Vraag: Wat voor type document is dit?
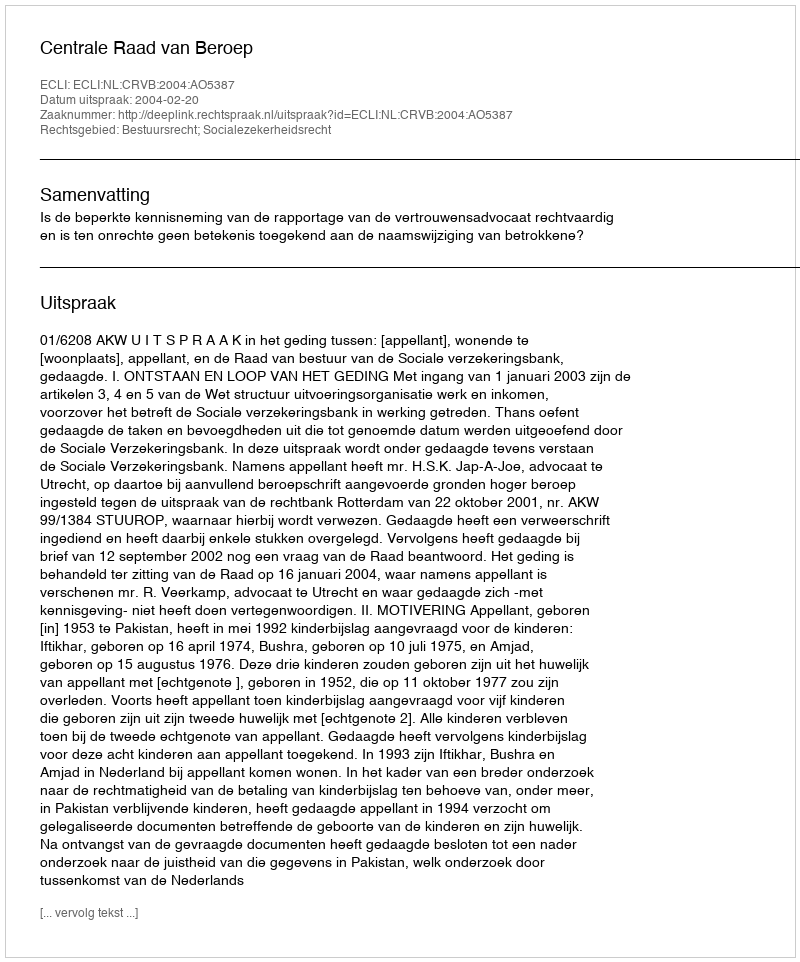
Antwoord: Uitspraak